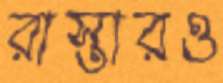
রাস্তারও